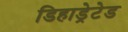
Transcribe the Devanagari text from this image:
डिहाड्रेटेड